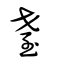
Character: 耋